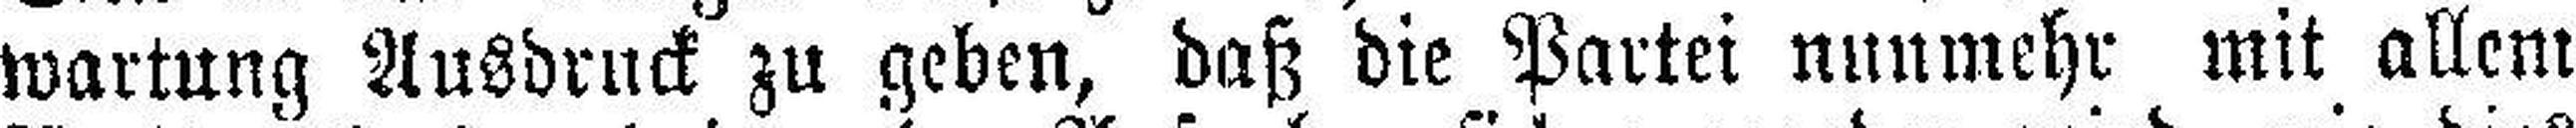
wartung Ausdruck zu geben, daß die Partei nunmehr mit allem